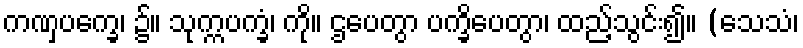
ကဏှပက္ခေ၊ ၌။ သုက္ကပက္ခံ၊ ကို။ ဌပေတွာ ပက္ခိပေတွာ၊ ထည့်သွင်း၍။ (သေသံ၊